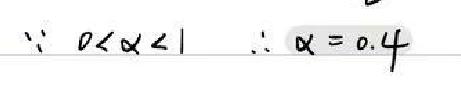
\(\because 0<\alpha <1\) \(\therefore \alpha = 0.4\)